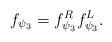
LaTeX: \begin{align*} f_{\psi_3} = f_{\psi_3}^R f_{\psi_3}^L.\end{align*}